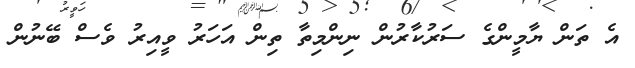
އެ ތަން ޔާމީންގެ ސަރުކާރުން ނިންމިތާ ތިން އަހަރު ވީއިރު ވެސް ބޭނުން